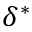
\delta ^ { * }